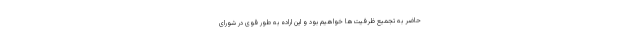
حاضر به تجمیع ظرفیت‌ها خواهیم بود و این اراده به طور قوی در شورای